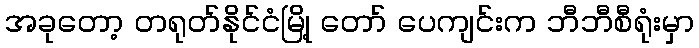
အခုတော့ တရုတ်နိုင်ငံမြို့ တော် ပေကျင်းက ဘီဘီစီရုံးမှာ